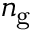
n _ { \mathrm { g } }